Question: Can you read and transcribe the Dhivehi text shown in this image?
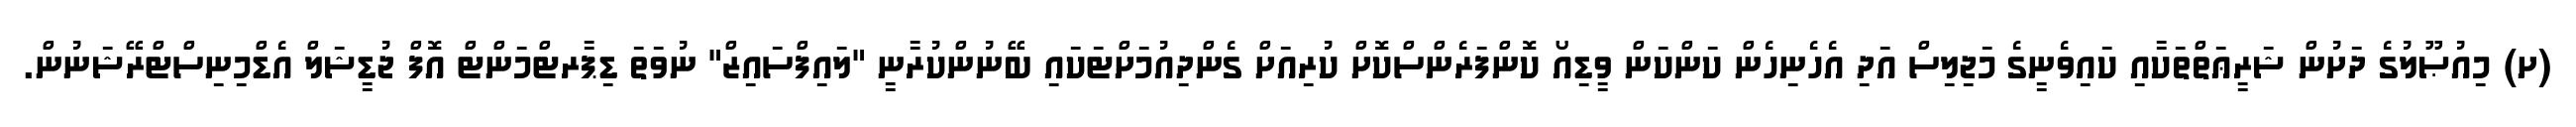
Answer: (ށ) މިއުޞޫލުގެ ދަށުން ޝަރީޢަތްތަކާއި ކައިވެނީގެ މަޖިލިސް އަދި އެހެނިހެން ކަންކަން ވީޑިއޯ ކޮންފަރެންސްކޮށް ކުރިއަށް ގެންދިއުމަށްޓަކައި ބޭނުންކުރާނީ "ލައިފްސައިޒް" ނުވަތަ ޑިޕާރޓްމަންޓް އޮފް ޖުޑީޝަލް އެޑްމިނިސްޓްރޭޝަނުން.